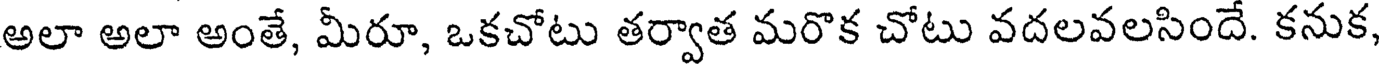
అలా అలా అంతే, మీరూ, ఒకచోటు తర్వాత మరొక చోటు వదలవలసిందే. కనుక